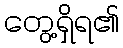
တွေ့ရှိရ၏